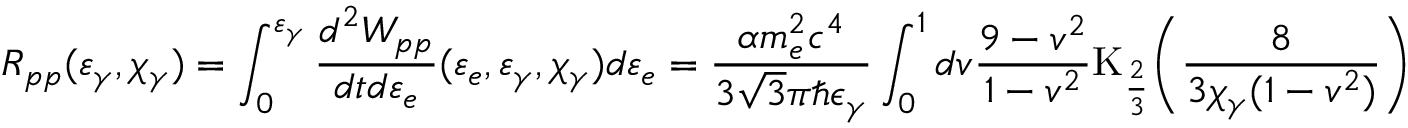
R _ { p p } ( \varepsilon _ { \gamma } , \chi _ { \gamma } ) = \int _ { 0 } ^ { \varepsilon _ { \gamma } } { \frac { d ^ { 2 } W _ { p p } } { d t d \varepsilon _ { e } } ( \varepsilon _ { e } , \varepsilon _ { \gamma } , \chi _ { \gamma } ) d \varepsilon _ { e } } = \frac { \alpha m _ { e } ^ { 2 } c ^ { 4 } } { 3 \sqrt { 3 } \pi \hbar \epsilon _ { \gamma } } \int _ { 0 } ^ { 1 } { d v \frac { 9 - v ^ { 2 } } { 1 - v ^ { 2 } } \mathrm { K } _ { \frac { 2 } { 3 } } \biggl ( \frac { 8 } { 3 \chi _ { \gamma } ( 1 - v ^ { 2 } ) } \biggr ) } .